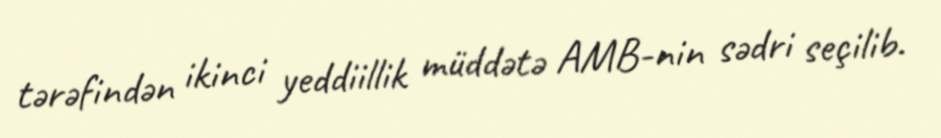
tərəfindən ikinci yeddiillik müddətə AMB-nin sədri seçilib.